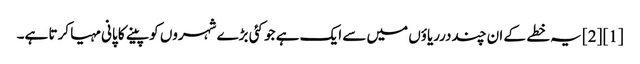
[1] [2] یہ خطے کے ان چنددرریاؤں میں سے ایک ہے جو کئی بڑے شہروں کو پینے کا پانی مہیا کرتا ہے۔